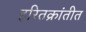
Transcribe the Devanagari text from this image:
हरितक्रांतीत